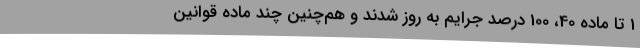
1 تا ماده 40، 100 درصد جرایم به روز شدند و هم‌چنین چند ماده قوانین